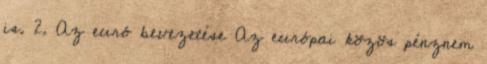
is. 2. Az euró bevezetése Az európai közös pénznem